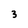
Character: 3